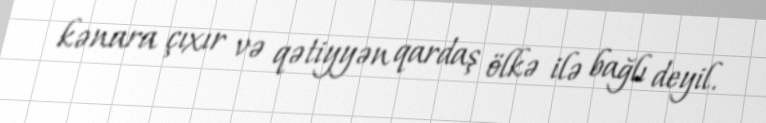
kənara çıxır və qətiyyən qardaş ölkə ilə bağlı deyil.